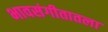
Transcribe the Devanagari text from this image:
भावसंगीतातला